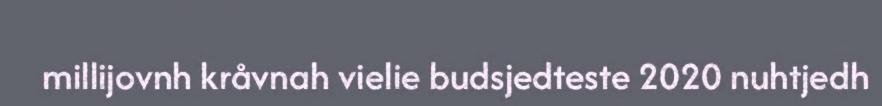
millijovnh kråvnah vielie budsjedteste 2020 nuhtjedh